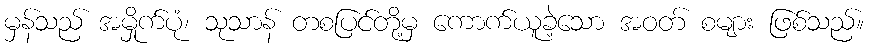
မှန်သည် အမှိုက်ပုံ၊ သုသာန် တစပြင်တို့မှ ကောက်ယူခဲ့သော အဝတ် စများ ဖြစ်သည်။